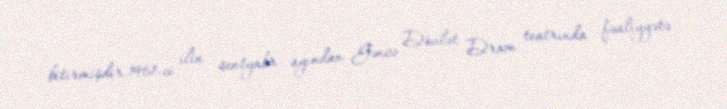
bitirmişdir.1961-ci ilin sentyabr ayından Gəncə Dövlət Dram teatrında fəaliyyətə